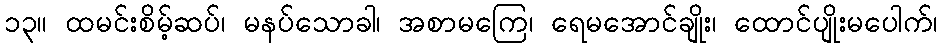
၁၃။ ထမင်းစိမ့်ဆပ်၊ မနပ်သောခါ၊ အစာမကြေ၊ ရေမအောင်ချိုး၊ ထောင်ပျိုးမပေါက်၊